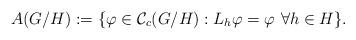
LaTeX: \begin{align*}A(G/H):=\{\varphi\in\mathcal{C}_c(G/H):L_h\varphi=\varphi\ \forall h\in H\}.\end{align*}